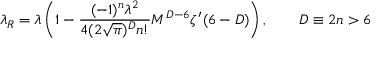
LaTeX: \lambda _ { R } = \lambda \left( 1 - \frac { ( - 1 ) ^ { n } \lambda ^ { 2 } } { 4 ( 2 \sqrt { \pi } ) ^ { D } n ! } M ^ { D - 6 } \zeta ^ { \prime } ( 6 - D ) \right) , \qquad D \equiv 2 n > 6